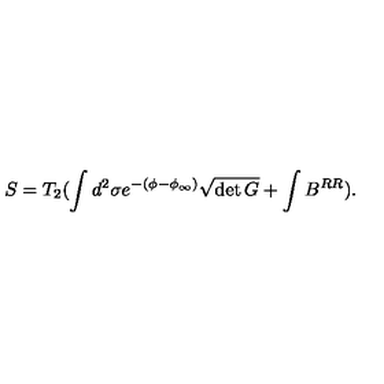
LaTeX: S = T _ { 2 } ( \int d ^ { 2 } \sigma e ^ { - ( \phi - \phi _ { \infty } ) } \sqrt { \det { G } } + \int B ^ { R R } ) .